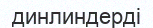
динлиндерді